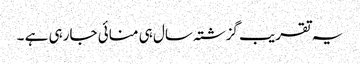
یہ تقریب گزشتہ سال ہی منائی جارہی ہے ۔